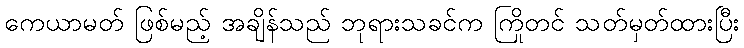
ကေယာမတ် ဖြစ်မည့် အချိန်သည် ဘုရားသခင်က ကြိုတင် သတ်မှတ်ထားပြီး